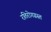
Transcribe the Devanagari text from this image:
रतिरोगग्रस्त